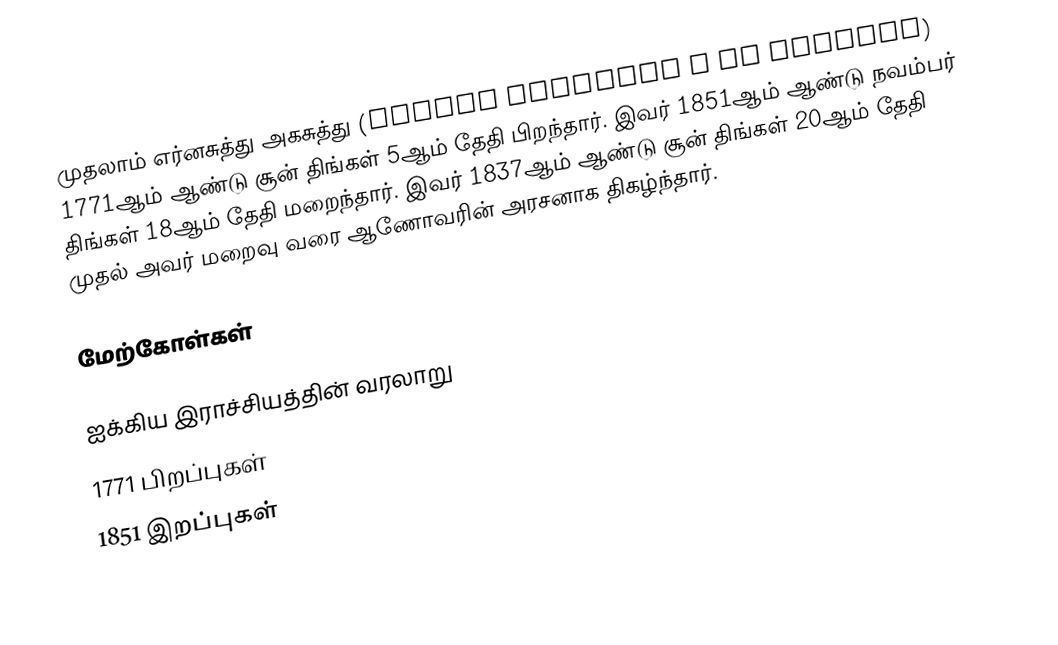
முதலாம் எர்னசுத்து அகசுத்து (Ernest Augustus I of Hanover) 1771ஆம் ஆண்டு சூன் திங்கள் 5ஆம் தேதி பிறந்தார். இவர் 1851ஆம் ஆண்டு நவம்பர் திங்கள் 18ஆம் தேதி மறைந்தார். இவர் 1837ஆம் ஆண்டு சூன் திங்கள் 20ஆம் தேதி முதல் அவர் மறைவு வரை ஆணோவரின் அரசனாக திகழ்ந்தார்.

மேற்கோள்கள்

ஐக்கிய இராச்சியத்தின் வரலாறு
1771 பிறப்புகள்
1851 இறப்புகள்